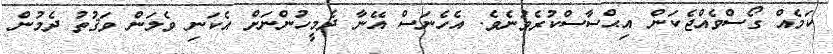
ކަމެއް ގޯސްވެއްޖެކަން އިޙްސާސްކުރެވުނެވެ. އެހެނަސް އޭނާ ދެމީހުންނަށް އެކަނި ވެލަން ވަޤުތު ދެމުން